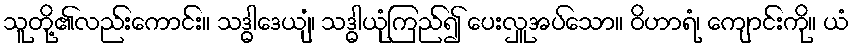
သူတို့၏လည်းကောင်း။ သဒ္ဓါဒေယျံ၊ သဒ္ဓါယုံကြည်၍ ပေးလှူအပ်သော။ ဝိဟာရံ၊ ကျောင်းကို။ ယံ